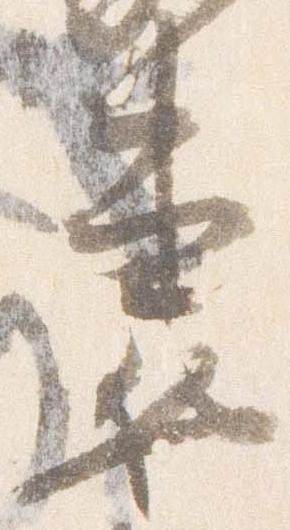
妻